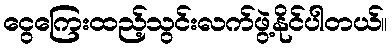
ငွေကြေးထည့်သွင်းလက်ဖွဲ့နိုင်ပါတယ်။